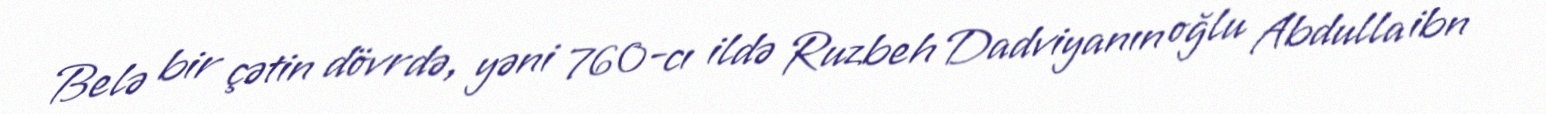
Belə bir çətin dövrdə, yəni 760-cı ildə Ruzbeh Dadviyanın oğlu Abdulla ibn